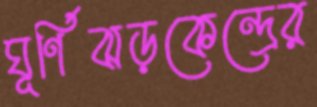
ঘূর্ণিঝড়কেন্দ্রের